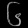
Digit: ၆